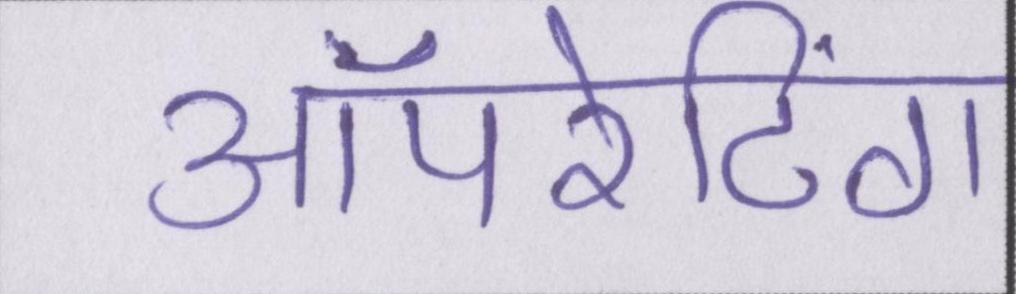
ऑपरेटिंग